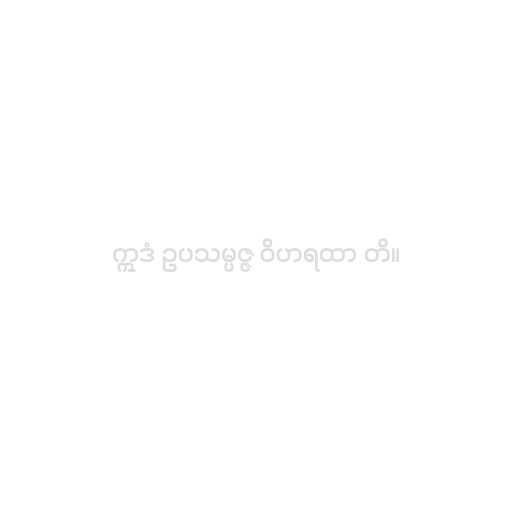
ဣဒံ ဥပသမ္ပဇ္ဇ ဝိဟရထာ တိ။